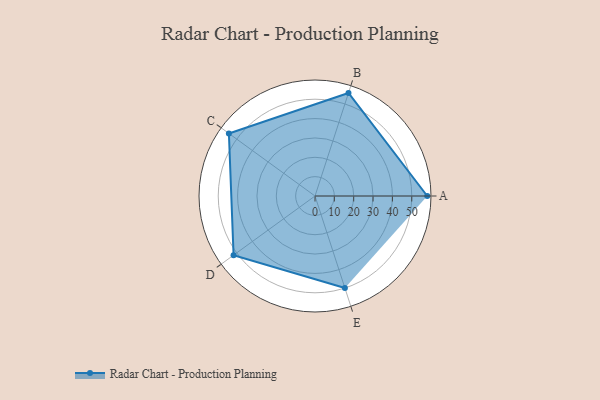
{"axis": {"x": "Skill", "y": "Score"}, "legend": ["Profile"], "data": [{"x": "A", "y": 58.0, "type": "Profile"}, {"x": "B", "y": 56.0, "type": "Profile"}, {"x": "C", "y": 55.0, "type": "Profile"}, {"x": "D", "y": 52.0, "type": "Profile"}, {"x": "E", "y": 50.0, "type": "Profile"}]}